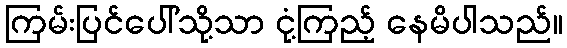
ကြမ်းပြင်ပေါ်သို့သာ ငုံ့ကြည့် နေမိပါသည်။